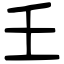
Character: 𡈼